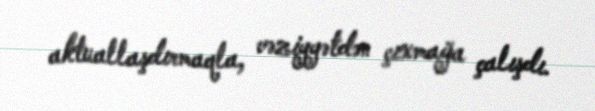
aktuallaşdırmaqla, vəziyyətdən çıxmağa çalışdı.